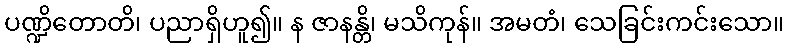
ပဏ္ဍိတောတိ၊ ပညာရှိဟူ၍။ န ဇာနန္တိ၊ မသိကုန်။ အမတံ၊ သေခြင်းကင်းသော။